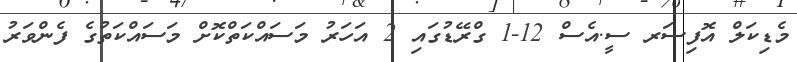
މެޑިކަލް އޮފިސަރ ސީ.އެސް 12-1 ގްރޭޑުގައި 2 އަހަރު މަސައްކަތްކޮށް މަސައްކަތުގެ ފެންވަރު